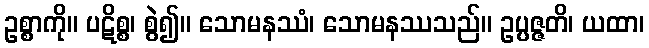
ဥစ္စာကို။ ပဋိစ္စ၊ စွဲ၍။ သောမနဿံ၊ သောမနဿသည်။ ဥပ္ပဇ္ဇတိ၊ ယထာ၊